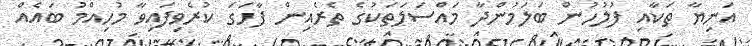
އަނިޔާ ތަކާއި ފުލުހުން ބަލަމުންދާ މައްސަލަތަކުގެ ތެރެއިން ފާހަގަ ކުރެވިފައިވާ މުހިއްމު ބައެއް